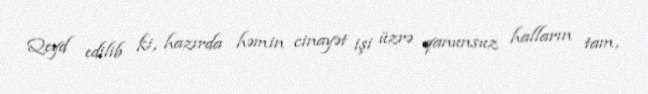
Qeyd edilib ki, hazırda həmin cinayət işi üzrə qanunsuz halların tam,